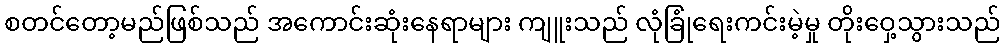
စတင်တော့မည်ဖြစ်သည် အကောင်းဆုံးနေရာများ ကျူးသည် လုံခြုံရေးကင်းမဲ့မှု တိုးဝှေ့သွားသည်